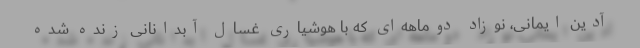
آدین ایمانی، نوزاد دوماهه‌ای که با هوشیاری غسال آبدانانی زنده شده